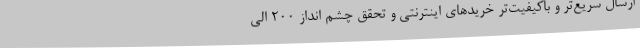
ارسال سریع‌تر و باکیفیت‌تر خریدهای اینترنتی و تحقق چشم انداز 200 الی